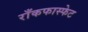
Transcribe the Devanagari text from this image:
राँकफास्फेट